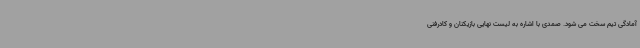
آمادگی تیم سخت می شود. صمدی با اشاره به لیست نهایی بازیکنان و کادرفنی